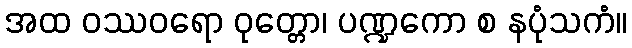
အထ ဝဿဝရော ဝုတ္တော၊ ပဏ္ဍကော စ နပုံသကံ။